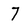
Character: 7